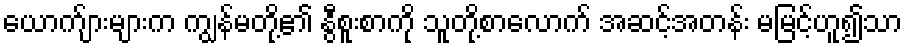
ယောက်ျားများက ကျွန်မတို့၏ နွီစူးစာကို သူတို့စာလောက် အဆင့်အတန်း မမြင့်ဟူ၍သာ